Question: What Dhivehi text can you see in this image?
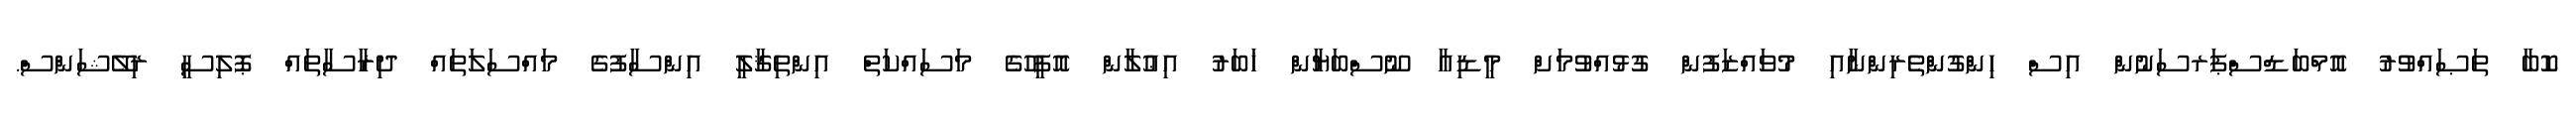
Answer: ކޮބާ ތަޞައްވުރު އޮމްބަޑްސްޕަރސަނުން އިސް ހިންގުންތެރިންނާއި މުވައްޒަފުން ގުޅުއްވުމަށް މީޑިއާ ނޫސްބަޔާން ޚަބަރު އިޢުލާން އޮފީހުގެ މަސައްކަތް އިންތިޤާލީ އިންސާފުގެ މައްސަލަތައް ދިރާސާތައް ޕޮލިސީ ރިލޭޝަންސް.